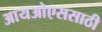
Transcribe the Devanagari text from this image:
आयओएससाठी